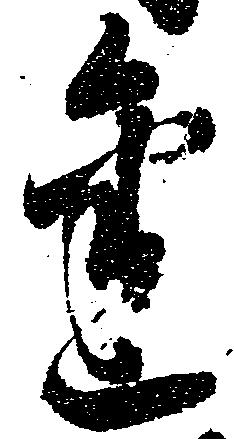
金